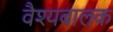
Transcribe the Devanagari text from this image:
वैश्यबालक